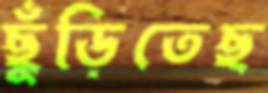
ছুঁড়িতেছ